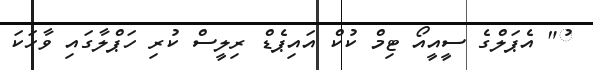
ު" އެޕަލްގެ ސީއީއޯ ޓިމް ކުކް އައިޕެޑް ރިލީސް ކުރި ހަޕްލާގައި ވާހަކަ